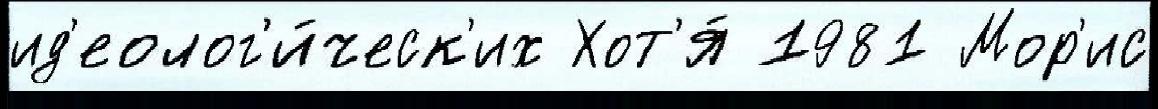
ид'еолог'и́ческ'их Хот'я́ 1981 Мор'ис